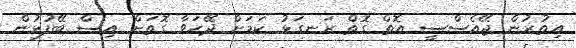
އިތުރުން ޖޭއެސްސީ އޮތް ގޮތް ރަނގަޅު ކަމަށް ދޭހަވާ ގޮތަށް އިސް ބޭފުޅުން